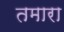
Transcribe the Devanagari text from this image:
तमारा